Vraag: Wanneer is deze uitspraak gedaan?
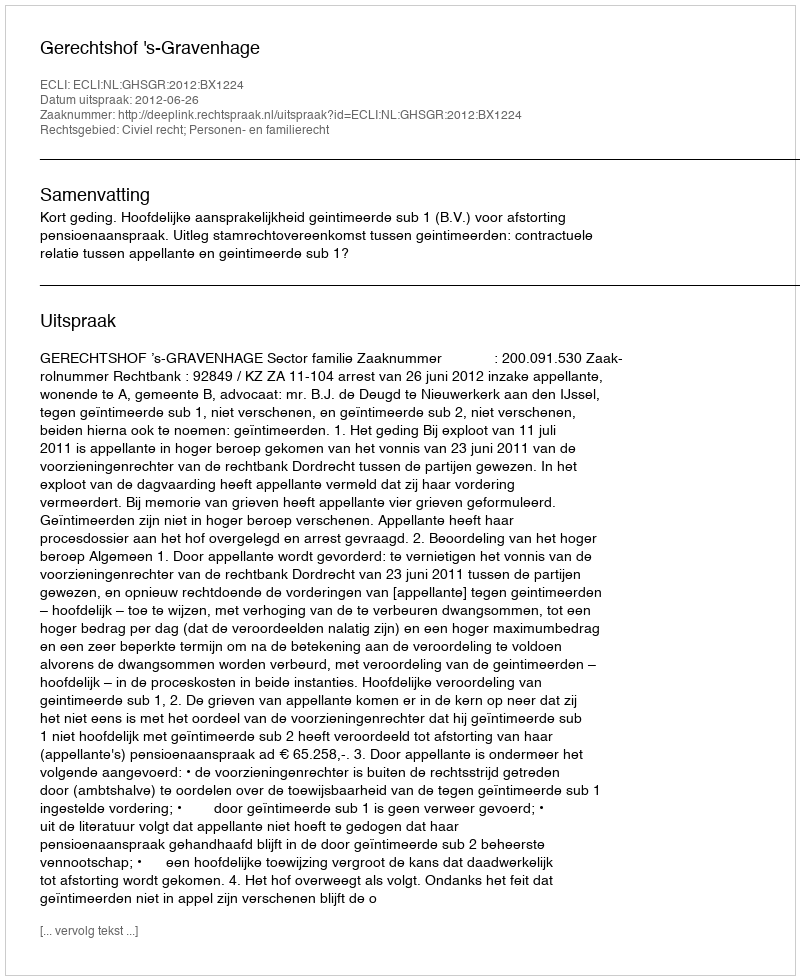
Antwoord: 2012-06-26